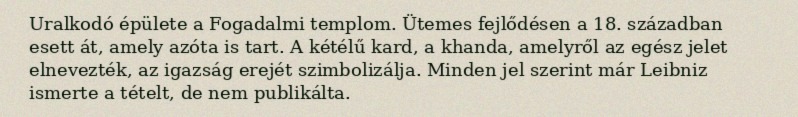
Uralkodó épülete a Fogadalmi templom. Ütemes fejlődésen a 18. században esett át, amely azóta is tart. A kétélű kard, a khanda, amelyről az egész jelet elnevezték, az igazság erejét szimbolizálja. Minden jel szerint már Leibniz ismerte a tételt, de nem publikálta.